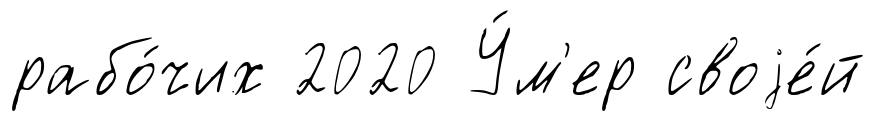
рабо́чих 2020 У́м'ер своjе́й